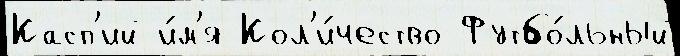
Касп'ий и́м'я Кол'и́чество Футбо́льный